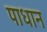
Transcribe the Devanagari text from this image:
पाधान